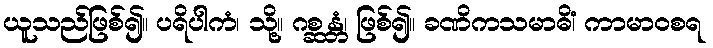
ယူသည်ဖြစ်၍။ ပရိပါကံ၊ သို့။ ဂစ္ဆန္တံ၊ ဖြစ်၍။ ခဏိကသမာဓိံ၊ ကာမာဝစရ